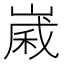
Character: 𪩈